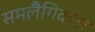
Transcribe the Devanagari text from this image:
समलैँगिकता